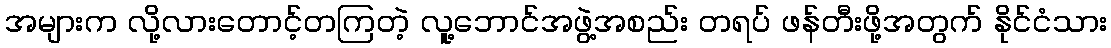
အများက လို့လားတောင့်တကြတဲ့ လူ့ဘောင်အဖွဲ့အစည်း တရပ် ဖန်တီးဖို့အတွက် နိုင်ငံသား